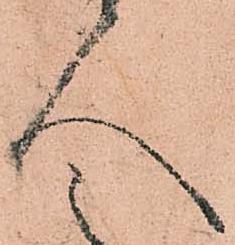
人